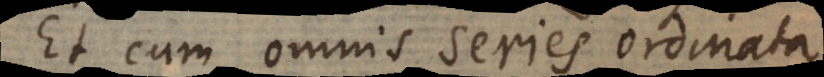
Et cum omnis series ordinata